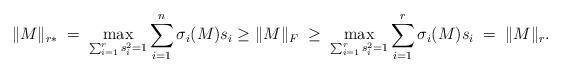
LaTeX: \begin{align*} \|M\|_{r \ast} \; = \; \max_{\sum_{i=1}^r s_i^2=1} \sum_{i=1}^{n} \sigma_i(M) s_i \geq \|M\|_F \; \geq \; \max_{\sum_{i=1}^r s_i^2=1} \sum_{i=1}^{r} \sigma_i(M) s_i \; = \; \|M\|_r. \end{align*}